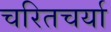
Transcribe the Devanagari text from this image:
चरितचर्या